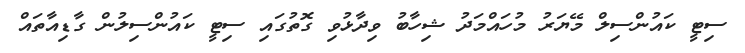
ސިޓީ ކައުންސިލް މޭޔަރު މުހައްމަދު ޝިހާބު ވިދާޅުވި ގޮތުގައި ސިޓީ ކައުންސިލުން ގާޑިއާތައް